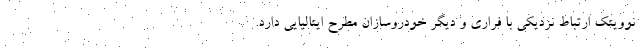
نوویتک ارتباط نزدیکی با فراری و دیگر خودروسازان مطرح ایتالیایی دارد.